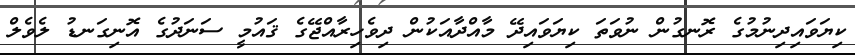
ކިޔަވައިދިނުމުގެ ރޮނގުން ނުވަތަ ކިޔަވައިދޭ މާއްދާއަކުން ދިވެހިރާއްޖޭގެ ޤައުމީ ސަނަދުގެ އޮނިގަނޑު ލެވެލް